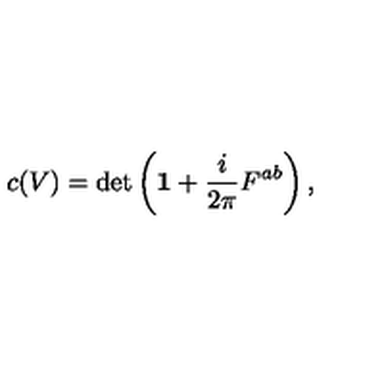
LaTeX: c ( V ) = \det \left( { \bf 1 } + \frac { i } { 2 \pi } F ^ { a b } \right) ,